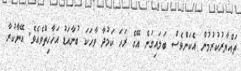
ތައްޔާރުކުރުމުން އެކަންވެސް ބަލައިގަނެ އޭގެ ރަހަ ކަމުދާ ވާހަކަ ބުނާއަޑު އަހާހިތްވެއެވެ. އޭނާކުރާ